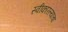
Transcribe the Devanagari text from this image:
स्वीकारल्याचा